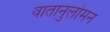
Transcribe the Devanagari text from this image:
वातानुलोमन